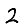
Digit: 2